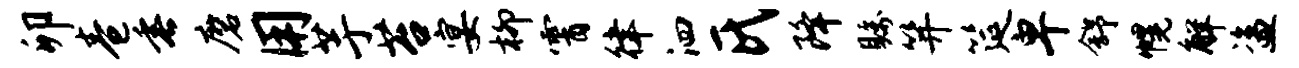
卯卷垂磨用芋苔宴柳霄律泗氏降瞩笄筵卑舒幌解盗